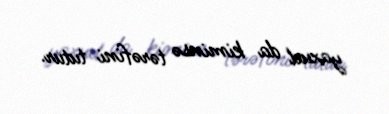
yaxud da kiminsə tərəfini tutur.